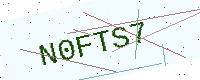
Text: N0FTS7